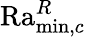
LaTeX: \mathrm{Ra}_{\operatorname*{min},c}^{R}